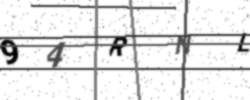
Text: 94RNL